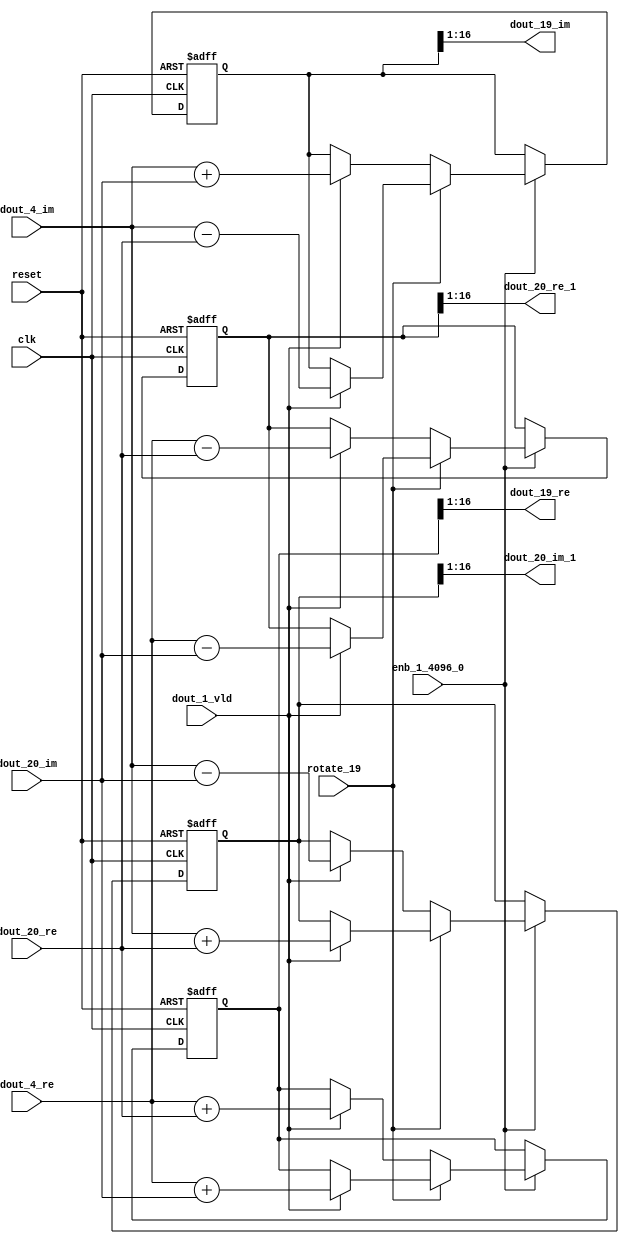
// -------------------------------------------------------------
// 
// 
// Generated by MATLAB 9.14 and HDL Coder 4.1
// 
// -------------------------------------------------------------


// -------------------------------------------------------------
// 
// Module: RADIX22FFT_SDNF2_4_block8
// Source Path: dsphdl.IFFT/RADIX22FFT_SDNF2_4
// Hierarchy Level: 4
// 
// -------------------------------------------------------------

`timescale 1 ns / 1 ns

module RADIX22FFT_SDNF2_4_block8
          (clk,
           reset,
           enb_1_4096_0,
           rotate_19,
           dout_4_re,
           dout_4_im,
           dout_20_re,
           dout_20_im,
           dout_1_vld,
           dout_19_re,
           dout_19_im,
           dout_20_re_1,
           dout_20_im_1);


  input   clk;
  input   reset;
  input   enb_1_4096_0;
  input   rotate_19;  // ufix1
  input   signed [15:0] dout_4_re;  // sfix16_En14
  input   signed [15:0] dout_4_im;  // sfix16_En14
  input   signed [15:0] dout_20_re;  // sfix16_En14
  input   signed [15:0] dout_20_im;  // sfix16_En14
  input   dout_1_vld;
  output  signed [15:0] dout_19_re;  // sfix16_En14
  output  signed [15:0] dout_19_im;  // sfix16_En14
  output  signed [15:0] dout_20_re_1;  // sfix16_En14
  output  signed [15:0] dout_20_im_1;  // sfix16_En14


  reg  Radix22ButterflyG2_NF_din_vld_dly;
  reg signed [16:0] Radix22ButterflyG2_NF_btf1_re_reg;  // sfix17
  reg signed [16:0] Radix22ButterflyG2_NF_btf1_im_reg;  // sfix17
  reg signed [16:0] Radix22ButterflyG2_NF_btf2_re_reg;  // sfix17
  reg signed [16:0] Radix22ButterflyG2_NF_btf2_im_reg;  // sfix17
  reg  Radix22ButterflyG2_NF_din_vld_dly_next;
  reg signed [16:0] Radix22ButterflyG2_NF_btf1_re_reg_next;  // sfix17_En14
  reg signed [16:0] Radix22ButterflyG2_NF_btf1_im_reg_next;  // sfix17_En14
  reg signed [16:0] Radix22ButterflyG2_NF_btf2_re_reg_next;  // sfix17_En14
  reg signed [16:0] Radix22ButterflyG2_NF_btf2_im_reg_next;  // sfix17_En14
  reg signed [15:0] dout_19_re_1;  // sfix16_En14
  reg signed [15:0] dout_19_im_1;  // sfix16_En14
  reg signed [15:0] dout_20_re_2;  // sfix16_En14
  reg signed [15:0] dout_20_im_2;  // sfix16_En14
  reg  dout_4_vld;
  reg signed [16:0] Radix22ButterflyG2_NF_add_cast;  // sfix17_En14
  reg signed [16:0] Radix22ButterflyG2_NF_add_cast_0;  // sfix17_En14
  reg signed [16:0] Radix22ButterflyG2_NF_add_cast_1;  // sfix17_En14
  reg signed [16:0] Radix22ButterflyG2_NF_add_cast_2;  // sfix17_En14
  reg signed [16:0] Radix22ButterflyG2_NF_sub_cast;  // sfix17_En14
  reg signed [16:0] Radix22ButterflyG2_NF_sub_cast_0;  // sfix17_En14
  reg signed [16:0] Radix22ButterflyG2_NF_sub_cast_1;  // sfix17_En14
  reg signed [16:0] Radix22ButterflyG2_NF_sub_cast_2;  // sfix17_En14
  reg signed [16:0] Radix22ButterflyG2_NF_sra_temp;  // sfix17_En14
  reg signed [16:0] Radix22ButterflyG2_NF_add_cast_3;  // sfix17_En14
  reg signed [16:0] Radix22ButterflyG2_NF_add_cast_4;  // sfix17_En14
  reg signed [16:0] Radix22ButterflyG2_NF_add_cast_5;  // sfix17_En14
  reg signed [16:0] Radix22ButterflyG2_NF_add_cast_6;  // sfix17_En14
  reg signed [16:0] Radix22ButterflyG2_NF_sra_temp_0;  // sfix17_En14
  reg signed [16:0] Radix22ButterflyG2_NF_sub_cast_3;  // sfix17_En14
  reg signed [16:0] Radix22ButterflyG2_NF_sub_cast_4;  // sfix17_En14
  reg signed [16:0] Radix22ButterflyG2_NF_sub_cast_5;  // sfix17_En14
  reg signed [16:0] Radix22ButterflyG2_NF_sub_cast_6;  // sfix17_En14
  reg signed [16:0] Radix22ButterflyG2_NF_sra_temp_1;  // sfix17_En14
  reg signed [16:0] Radix22ButterflyG2_NF_sra_temp_2;  // sfix17_En14


  // Radix22ButterflyG2_NF
  always @(posedge clk or posedge reset)
    begin : Radix22ButterflyG2_NF_process
      if (reset == 1'b1) begin
        Radix22ButterflyG2_NF_din_vld_dly <= 1'b0;
        Radix22ButterflyG2_NF_btf1_re_reg <= 17'sb00000000000000000;
        Radix22ButterflyG2_NF_btf1_im_reg <= 17'sb00000000000000000;
        Radix22ButterflyG2_NF_btf2_re_reg <= 17'sb00000000000000000;
        Radix22ButterflyG2_NF_btf2_im_reg <= 17'sb00000000000000000;
      end
      else begin
        if (enb_1_4096_0) begin
          Radix22ButterflyG2_NF_din_vld_dly <= Radix22ButterflyG2_NF_din_vld_dly_next;
          Radix22ButterflyG2_NF_btf1_re_reg <= Radix22ButterflyG2_NF_btf1_re_reg_next;
          Radix22ButterflyG2_NF_btf1_im_reg <= Radix22ButterflyG2_NF_btf1_im_reg_next;
          Radix22ButterflyG2_NF_btf2_re_reg <= Radix22ButterflyG2_NF_btf2_re_reg_next;
          Radix22ButterflyG2_NF_btf2_im_reg <= Radix22ButterflyG2_NF_btf2_im_reg_next;
        end
      end
    end

  always @(Radix22ButterflyG2_NF_btf1_im_reg, Radix22ButterflyG2_NF_btf1_re_reg,
       Radix22ButterflyG2_NF_btf2_im_reg, Radix22ButterflyG2_NF_btf2_re_reg,
       Radix22ButterflyG2_NF_din_vld_dly, dout_1_vld, dout_20_im, dout_20_re,
       dout_4_im, dout_4_re, rotate_19) begin
    Radix22ButterflyG2_NF_add_cast_1 = 17'sb00000000000000000;
    Radix22ButterflyG2_NF_add_cast_2 = 17'sb00000000000000000;
    Radix22ButterflyG2_NF_sub_cast_1 = 17'sb00000000000000000;
    Radix22ButterflyG2_NF_sub_cast_2 = 17'sb00000000000000000;
    Radix22ButterflyG2_NF_add_cast_5 = 17'sb00000000000000000;
    Radix22ButterflyG2_NF_add_cast_6 = 17'sb00000000000000000;
    Radix22ButterflyG2_NF_sub_cast_5 = 17'sb00000000000000000;
    Radix22ButterflyG2_NF_sub_cast_6 = 17'sb00000000000000000;
    Radix22ButterflyG2_NF_add_cast = 17'sb00000000000000000;
    Radix22ButterflyG2_NF_add_cast_0 = 17'sb00000000000000000;
    Radix22ButterflyG2_NF_sub_cast = 17'sb00000000000000000;
    Radix22ButterflyG2_NF_sub_cast_0 = 17'sb00000000000000000;
    Radix22ButterflyG2_NF_add_cast_3 = 17'sb00000000000000000;
    Radix22ButterflyG2_NF_add_cast_4 = 17'sb00000000000000000;
    Radix22ButterflyG2_NF_sub_cast_3 = 17'sb00000000000000000;
    Radix22ButterflyG2_NF_sub_cast_4 = 17'sb00000000000000000;
    Radix22ButterflyG2_NF_btf1_re_reg_next = Radix22ButterflyG2_NF_btf1_re_reg;
    Radix22ButterflyG2_NF_btf1_im_reg_next = Radix22ButterflyG2_NF_btf1_im_reg;
    Radix22ButterflyG2_NF_btf2_re_reg_next = Radix22ButterflyG2_NF_btf2_re_reg;
    Radix22ButterflyG2_NF_btf2_im_reg_next = Radix22ButterflyG2_NF_btf2_im_reg;
    Radix22ButterflyG2_NF_din_vld_dly_next = dout_1_vld;
    if (rotate_19 != 1'b0) begin
      if (dout_1_vld) begin
        Radix22ButterflyG2_NF_add_cast_1 = {dout_4_re[15], dout_4_re};
        Radix22ButterflyG2_NF_add_cast_2 = {dout_20_im[15], dout_20_im};
        Radix22ButterflyG2_NF_btf1_re_reg_next = Radix22ButterflyG2_NF_add_cast_1 + Radix22ButterflyG2_NF_add_cast_2;
        Radix22ButterflyG2_NF_sub_cast_1 = {dout_4_re[15], dout_4_re};
        Radix22ButterflyG2_NF_sub_cast_2 = {dout_20_im[15], dout_20_im};
        Radix22ButterflyG2_NF_btf2_re_reg_next = Radix22ButterflyG2_NF_sub_cast_1 - Radix22ButterflyG2_NF_sub_cast_2;
        Radix22ButterflyG2_NF_add_cast_5 = {dout_4_im[15], dout_4_im};
        Radix22ButterflyG2_NF_add_cast_6 = {dout_20_re[15], dout_20_re};
        Radix22ButterflyG2_NF_btf2_im_reg_next = Radix22ButterflyG2_NF_add_cast_5 + Radix22ButterflyG2_NF_add_cast_6;
        Radix22ButterflyG2_NF_sub_cast_5 = {dout_4_im[15], dout_4_im};
        Radix22ButterflyG2_NF_sub_cast_6 = {dout_20_re[15], dout_20_re};
        Radix22ButterflyG2_NF_btf1_im_reg_next = Radix22ButterflyG2_NF_sub_cast_5 - Radix22ButterflyG2_NF_sub_cast_6;
      end
    end
    else if (dout_1_vld) begin
      Radix22ButterflyG2_NF_add_cast = {dout_4_re[15], dout_4_re};
      Radix22ButterflyG2_NF_add_cast_0 = {dout_20_re[15], dout_20_re};
      Radix22ButterflyG2_NF_btf1_re_reg_next = Radix22ButterflyG2_NF_add_cast + Radix22ButterflyG2_NF_add_cast_0;
      Radix22ButterflyG2_NF_sub_cast = {dout_4_re[15], dout_4_re};
      Radix22ButterflyG2_NF_sub_cast_0 = {dout_20_re[15], dout_20_re};
      Radix22ButterflyG2_NF_btf2_re_reg_next = Radix22ButterflyG2_NF_sub_cast - Radix22ButterflyG2_NF_sub_cast_0;
      Radix22ButterflyG2_NF_add_cast_3 = {dout_4_im[15], dout_4_im};
      Radix22ButterflyG2_NF_add_cast_4 = {dout_20_im[15], dout_20_im};
      Radix22ButterflyG2_NF_btf1_im_reg_next = Radix22ButterflyG2_NF_add_cast_3 + Radix22ButterflyG2_NF_add_cast_4;
      Radix22ButterflyG2_NF_sub_cast_3 = {dout_4_im[15], dout_4_im};
      Radix22ButterflyG2_NF_sub_cast_4 = {dout_20_im[15], dout_20_im};
      Radix22ButterflyG2_NF_btf2_im_reg_next = Radix22ButterflyG2_NF_sub_cast_3 - Radix22ButterflyG2_NF_sub_cast_4;
    end
    Radix22ButterflyG2_NF_sra_temp = Radix22ButterflyG2_NF_btf1_re_reg >>> 8'd1;
    dout_19_re_1 = Radix22ButterflyG2_NF_sra_temp[15:0];
    Radix22ButterflyG2_NF_sra_temp_0 = Radix22ButterflyG2_NF_btf1_im_reg >>> 8'd1;
    dout_19_im_1 = Radix22ButterflyG2_NF_sra_temp_0[15:0];
    Radix22ButterflyG2_NF_sra_temp_1 = Radix22ButterflyG2_NF_btf2_re_reg >>> 8'd1;
    dout_20_re_2 = Radix22ButterflyG2_NF_sra_temp_1[15:0];
    Radix22ButterflyG2_NF_sra_temp_2 = Radix22ButterflyG2_NF_btf2_im_reg >>> 8'd1;
    dout_20_im_2 = Radix22ButterflyG2_NF_sra_temp_2[15:0];
    dout_4_vld = Radix22ButterflyG2_NF_din_vld_dly;
  end



  assign dout_19_re = dout_19_re_1;

  assign dout_19_im = dout_19_im_1;

  assign dout_20_re_1 = dout_20_re_2;

  assign dout_20_im_1 = dout_20_im_2;

endmodule  // RADIX22FFT_SDNF2_4_block8